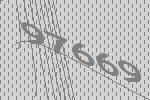
97669